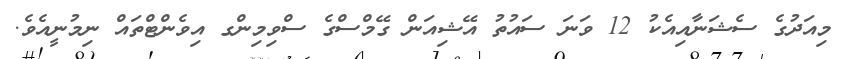
މިއަދުގެ ސެޝަނާއިއެކު 12 ވަނަ ސައުތު އޭޝިއަން ގޭމްސްގެ ސްވިމިންގ އިވެންޓްތައް ނިމުނީއެވެ.